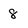
Character: 8